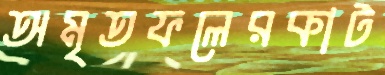
অমৃতফলেরকাট